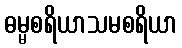
ဓမ္မစရိယာသမစရိယာ